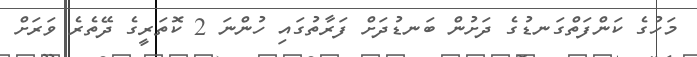
މަހުގެ ކަންފަތްގަނޑުގެ ދަށުން ބަނޑުދަށް ފަރާތުގައި ހުންނަ 2 ކޮތަރީގެ ދޭތެރެ ވަރަށް